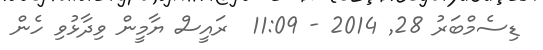
ޑިސެމްބަރު 28